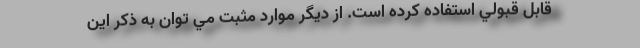
قابل قبولي استفاده كرده است. از ديگر موارد مثبت مي توان به ذكر اين